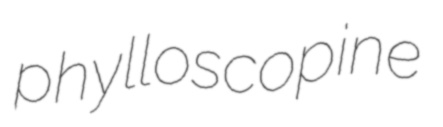
phylloscopine